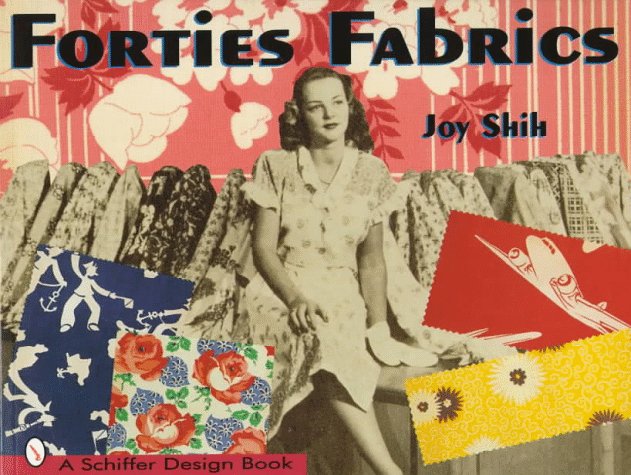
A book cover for Forties Fabrics (Schiffer Design Books); Joy Shih; Crafts, Hobbies & Home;